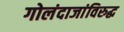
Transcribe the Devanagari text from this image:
गोलंदाजांविरुद्ध